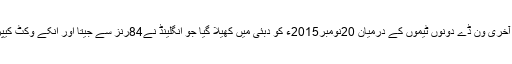
اس میچ میں ماجد خان 109رنز بناکر مین آف دی میچ قرار پائے اور آخری وَن ڈے دونوں ٹیموں کے درمیان 20نومبر2015ء کو دبئی میں کھیلا گیا جو انگلینڈ نے84رنز سے جیتا اور اُنکے وکٹ کیپرجوزف بٹلر نے116رنز بنا کر مین آف دی میچ کا اعزاز حاصل کیا۔